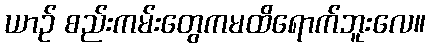
ယာဉ် စည်းကမ်းတွေကမထိရောက်ဘူးလေ။